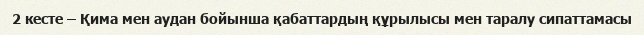
2 кесте – Қима мен аудан бойынша қабаттардың құрылысы мен таралу сипаттамасы